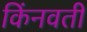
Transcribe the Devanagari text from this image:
किंनवती